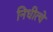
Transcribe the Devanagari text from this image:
निधीत्चे